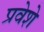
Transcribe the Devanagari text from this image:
प्रवेशे